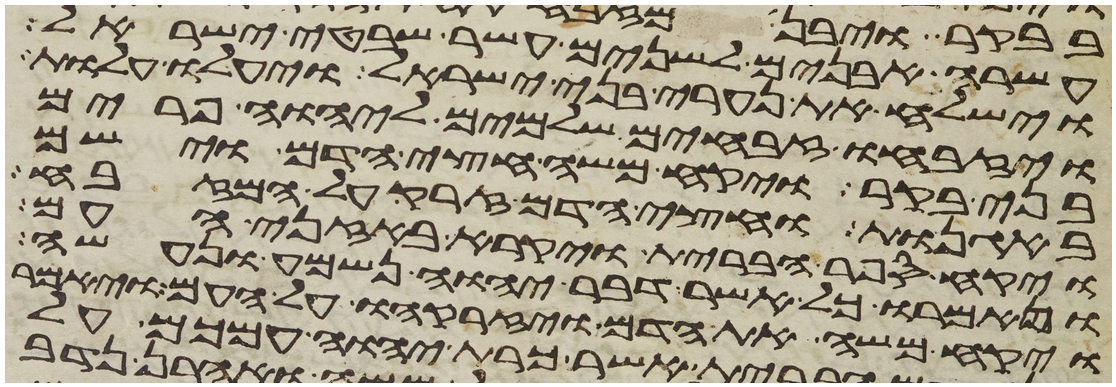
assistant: עשרה אבנים לשנים עשר שבטי ישראל
וישלח את נערי בני ישראל ויעלו עלות
ויזבחו זבחים שלמים ליהוה פרים
בני בקר ויקח משה חצי הדם וישם
באגנות וחצי הדם זרק על המזבח
ויקח ספר הברית ויקרא באזני העם
ויאמרו כל אשר דבר יהוה נשמע ונעשה
ויקח משה את הדם ויזרקהו על העם ויאמר